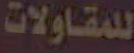
للمقاولات